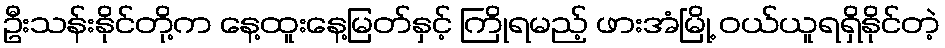
ဦးသန်းနိုင်တို့က နေ့ထူးနေ့မြတ်နှင့် ကြိုရမည့် ဖားအံမြို့ ဝယ်ယူရရှိနိုင်တဲ့